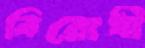
বিরোধী